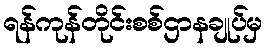
ရန်ကုန်တိုင်းစစ်ဌာနချုပ်မှ